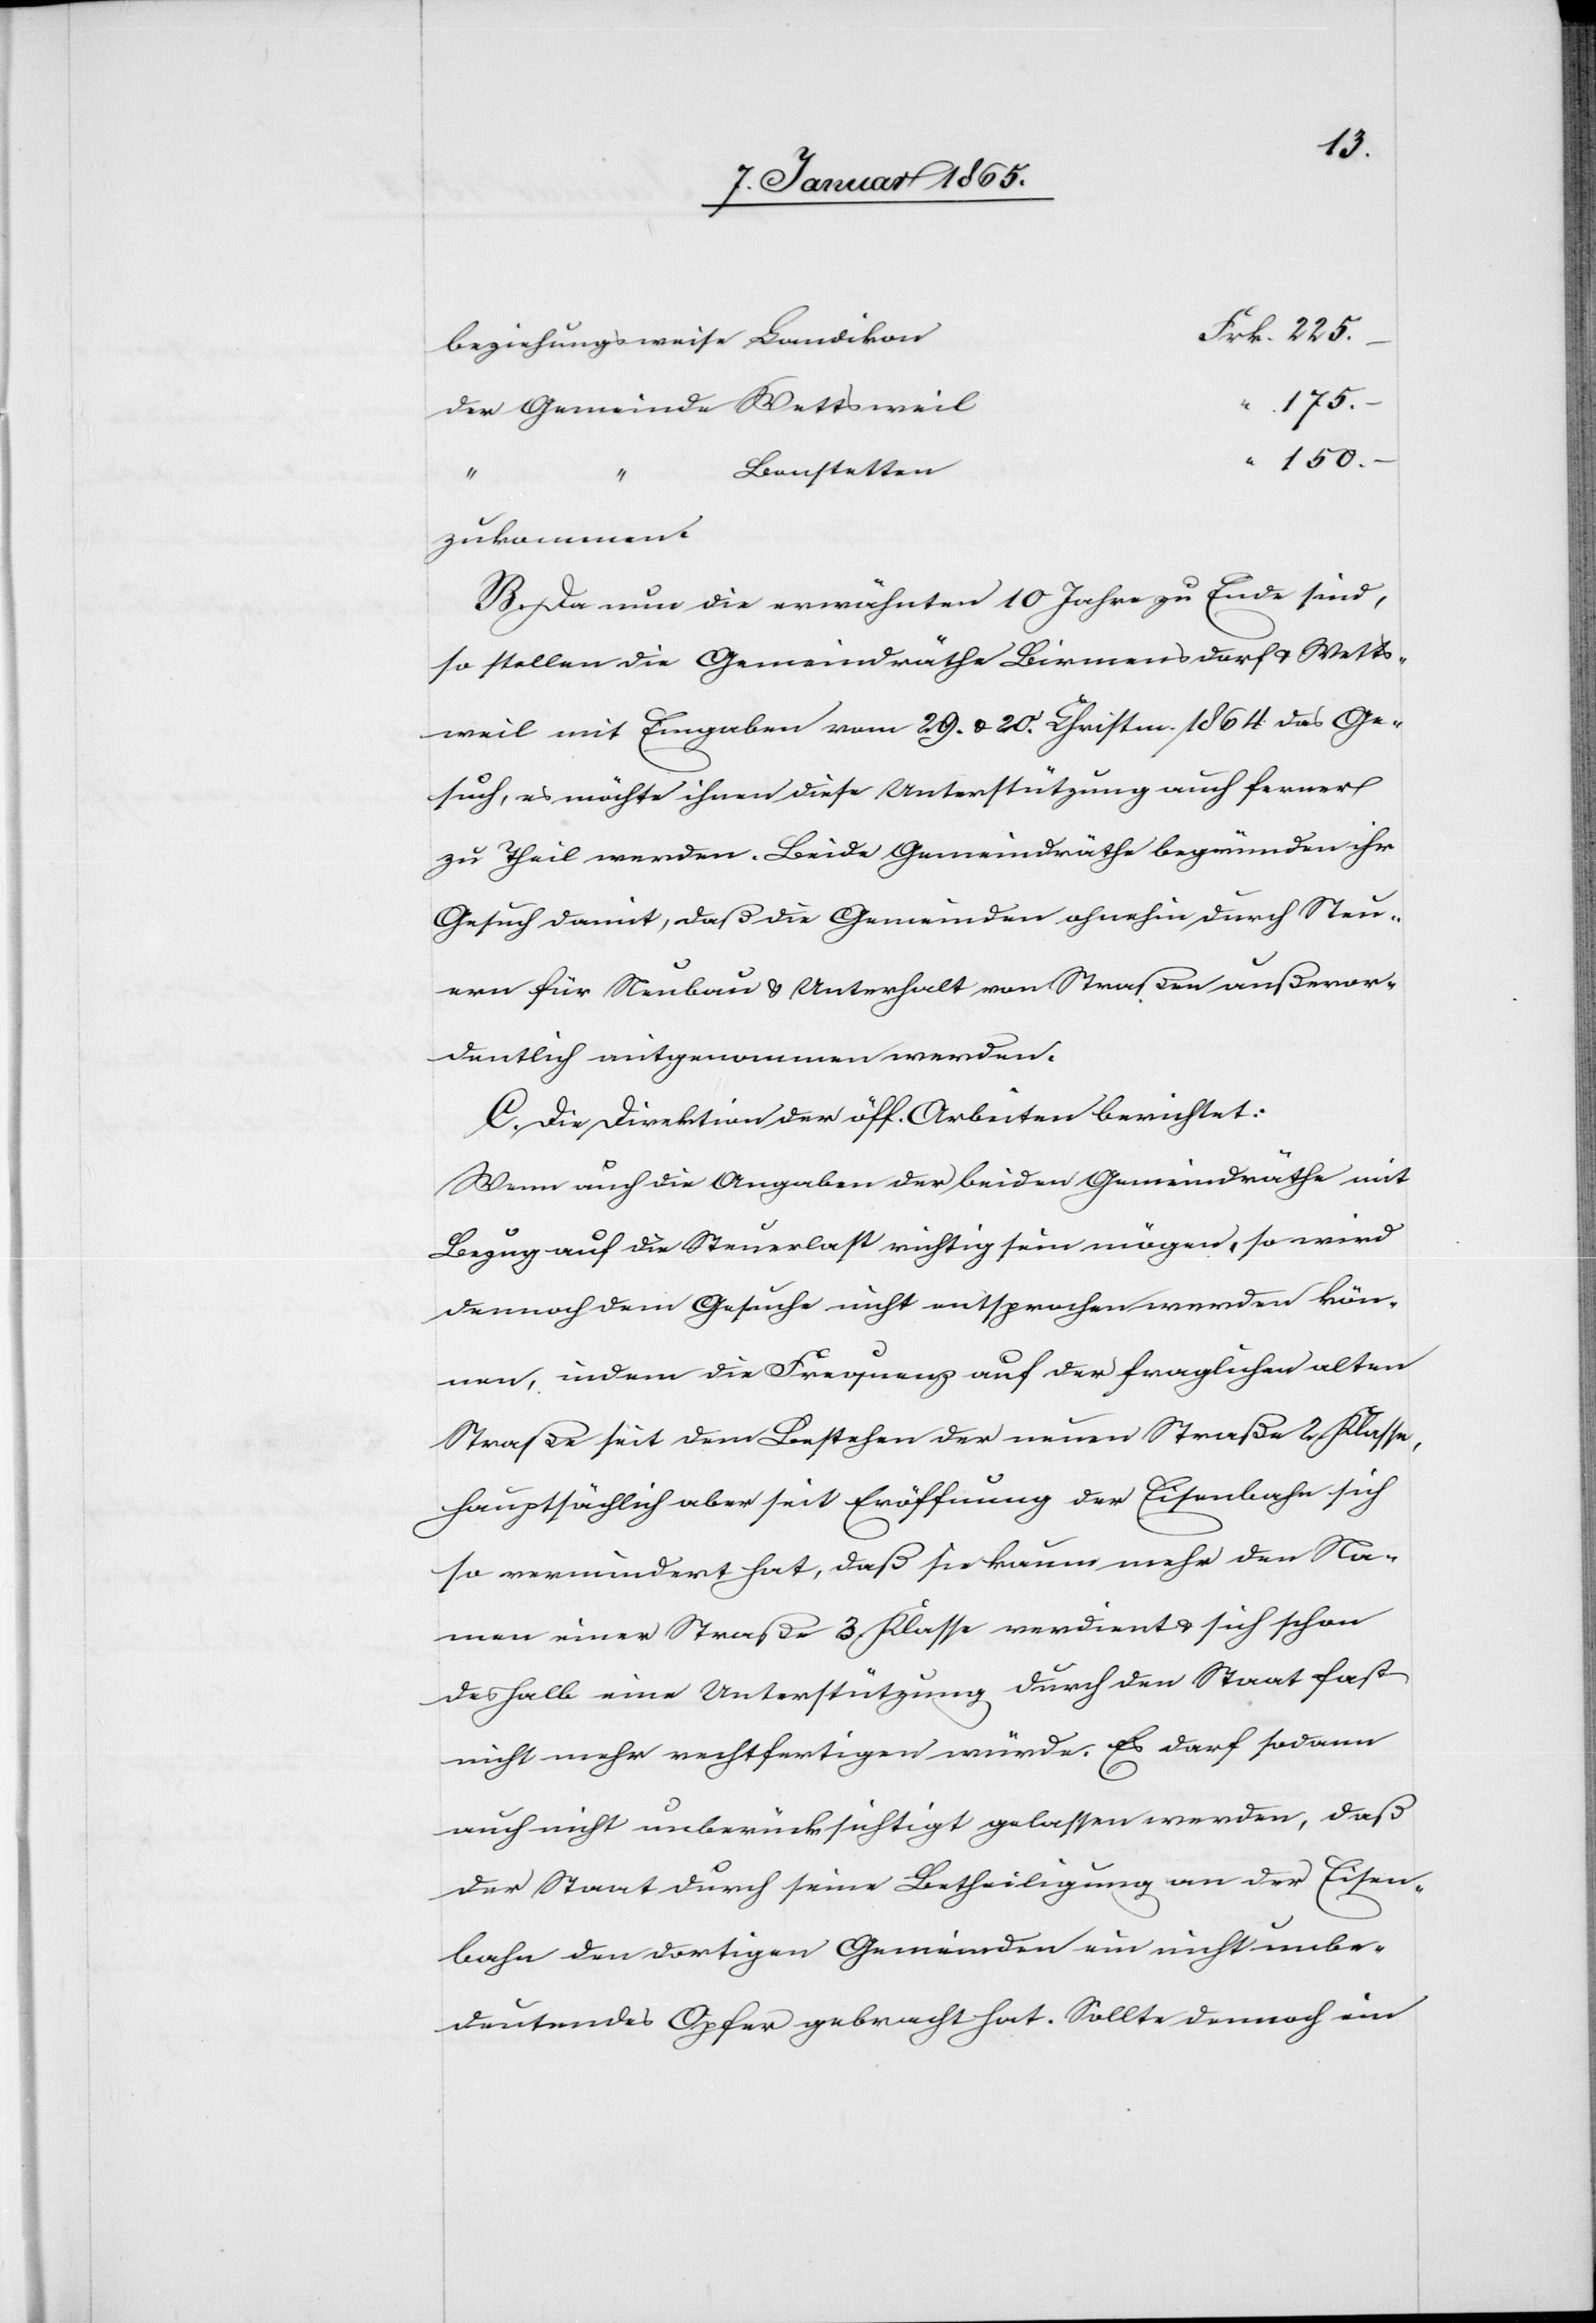
225.
175.
1 50. –
zukommen.
B. Da nun die erwähnten 10 Jahre zu Ende sind,
so stellten die Gemeindräthe Birmensdorf u. Wetts¬
weil mit Eingaben vom 29. u. 20. Christm. 1864. das Ge¬
such, es möchte ihnen diese Unterstützung auch ferner
zu Theil werden. Beide Gemeindräthe begründen ihr
Gesuch damit, daß die Gemeinden ohnehin durch Steu¬
ern für Neubau u. Unterhalt von Straßen außeror¬
dentlich mitgenommen werden.
C. Die Direktion der öff. Arbeiten berichtet:
Wenn auch die Angaben der beiden Gemeindräthe mit
Bezug auf die Steuerlast richtig sein mögen, so wird
dennoch dem Gesuche nicht entsprochen werden kön¬
nen, indem die Frequenz auf der fraglichen alten
Straße seit dem Bestehen der neuen Straße 2. Klasse,
hauptsächlich aber seit Eröffnung der Eisenbahn sich
so vermindert hat, daß sie kaum mehr den Na¬
men einer Straße 3. Klasse verdient u. sich schon
deshalb eine Unterstützung durch den Staat fast
nicht mehr rechtfertigen würde. Es darf sodann
auch nicht unberücksichtigt gelassen werden, daß
der Staat durch seine Betheiligung an der Eisen¬
bahn den dortigen Gemeinden ein nicht unbe¬
deutendes Opfer gebracht hat. Sollte dennoch ein